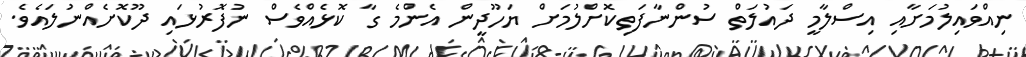
ނިއްވައިލުމަށާއި އިސްލާމީ ދައުލަތް ސުންނާފަތިކޮށްލުމަށް ޔަހޫދީން އެންމެ ގާ ކޮޅެއްވެސް ނުފޮރުޅައި ދޫކޮށެއްނުލައެވެ.